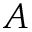
A